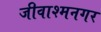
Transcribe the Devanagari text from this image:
जीवाश्मनगर